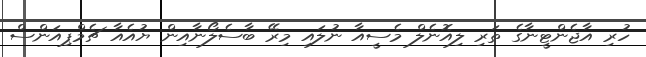
ހުރި އާޖެންޓީނާގެ ތަރި ލިއޮނެލް މެސީއާ ނުލައި މިރޭ ބާސެލޯނާއިން ޔުއެއާ ޗެމްޕިއަންސް